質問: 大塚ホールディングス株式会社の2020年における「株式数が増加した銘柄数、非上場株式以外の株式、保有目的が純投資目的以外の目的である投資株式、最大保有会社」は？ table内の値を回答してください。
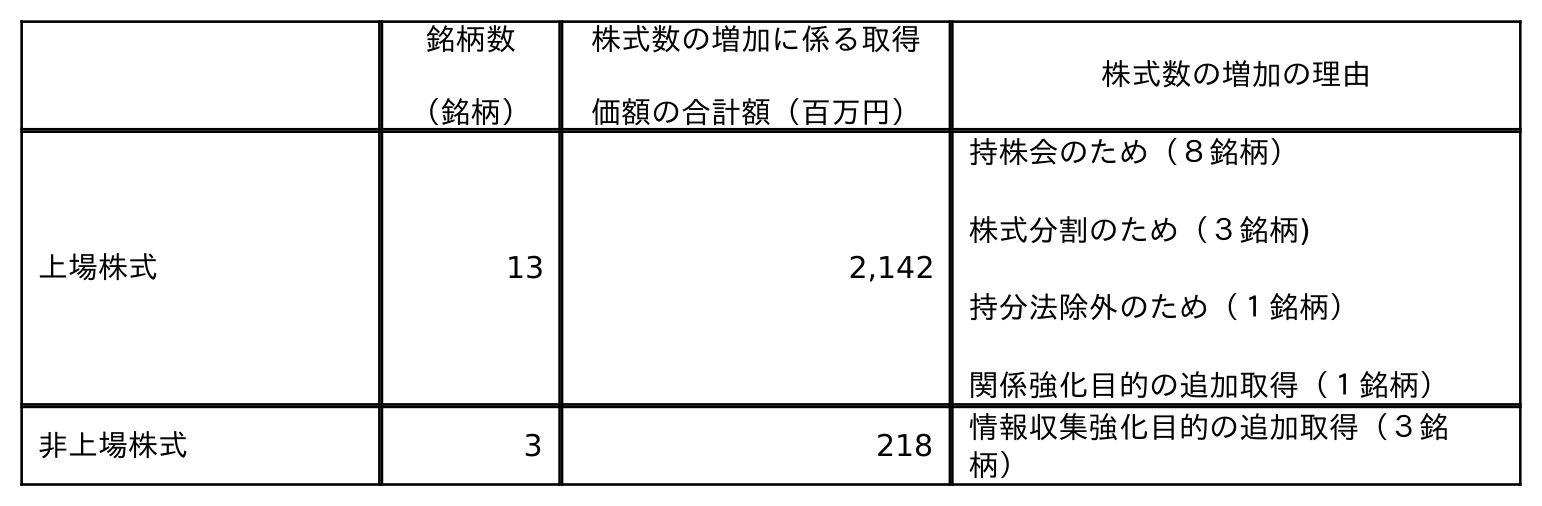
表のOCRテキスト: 銘柄数 （銘柄） 株式数の増加に係る取得 価額の合計額（百万円） 株式数の増加の理由 上場株式 13 2,142 持株会のため（８銘柄） 株式分割のため（３銘柄) 持分法除外のため（１銘柄） 関係強化目的の追加取得（１銘柄） 非上場株式 3 218 情報収集強化目的の追加取得（３銘 柄）
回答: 3